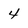
Character: 4